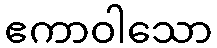
ဧကာဝါသော